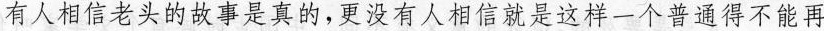
有人相信老头的故事是真的，更没有人相信就是这样一个普通得不能再